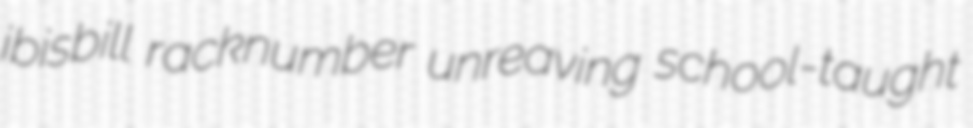
ibisbill racknumber unreaving school-taught